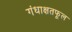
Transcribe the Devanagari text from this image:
गंधाक्षतफूल